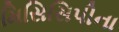
મિસિસિપીના